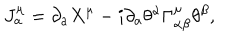
J _ { a } ^ { \mu } = \partial _ { a } X ^ { \mu } - i \partial _ { a } \theta ^ { \alpha } \Gamma _ { \alpha \beta } ^ { \mu } \theta ^ { \beta } ,